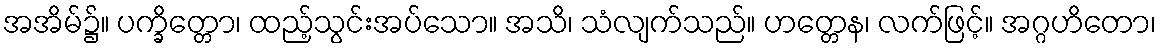
အအိမ်၌။ ပက္ခိတ္တော၊ ထည့်သွင်းအပ်သော။ အသိ၊ သံလျက်သည်။ ဟတ္တေန၊ လက်ဖြင့်။ အဂ္ဂဟိတော၊